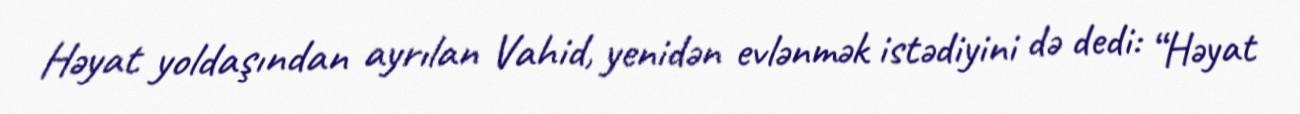
Həyat yoldaşından ayrılan Vahid, yenidən evlənmək istədiyini də dedi: “Həyat